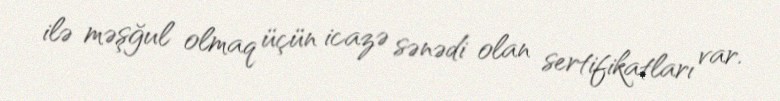
ilə məşğul olmaq üçün icazə sənədi olan sertifikatları var.